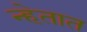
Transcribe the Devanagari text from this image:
न्हेतात